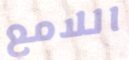
اللامع